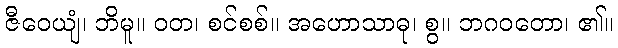
ဇီဝေယျံ၊ ဘိမူ။ ဝတ၊ စင်စစ်။ အဟောသာဓု၊ စွ။ ဘဂဝတော၊ ၏။